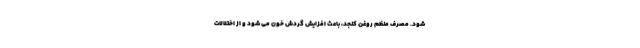
شود. مصرف منظم روغن کنجد، باعث افزایش گردش خون می شود و از اختلالات